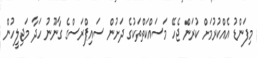
މިފަންޑު އެއްކުރުމަށް ކުރަން ޖެހޭ މަސައްކަތްތަކުގެ ދަށުން ސައިޕްރަސްގެ ގާނޫނު ހަދާ މަޖިލީހުން